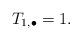
LaTeX: \begin{align*}T_{1,\bullet} = 1.\end{align*}